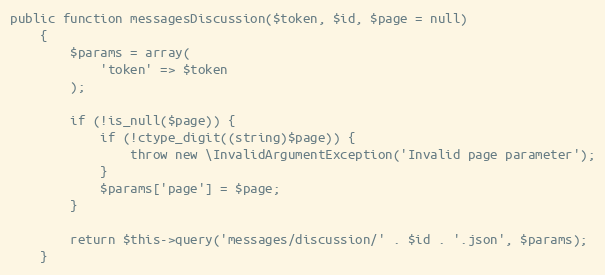
Language: PHP
public function messagesDiscussion($token, $id, $page = null)
    {
        $params = array(
            'token' => $token
        );

        if (!is_null($page)) {
            if (!ctype_digit((string)$page)) {
                throw new \InvalidArgumentException('Invalid page parameter');
            }
            $params['page'] = $page;
        }

        return $this->query('messages/discussion/' . $id . '.json', $params);
    }